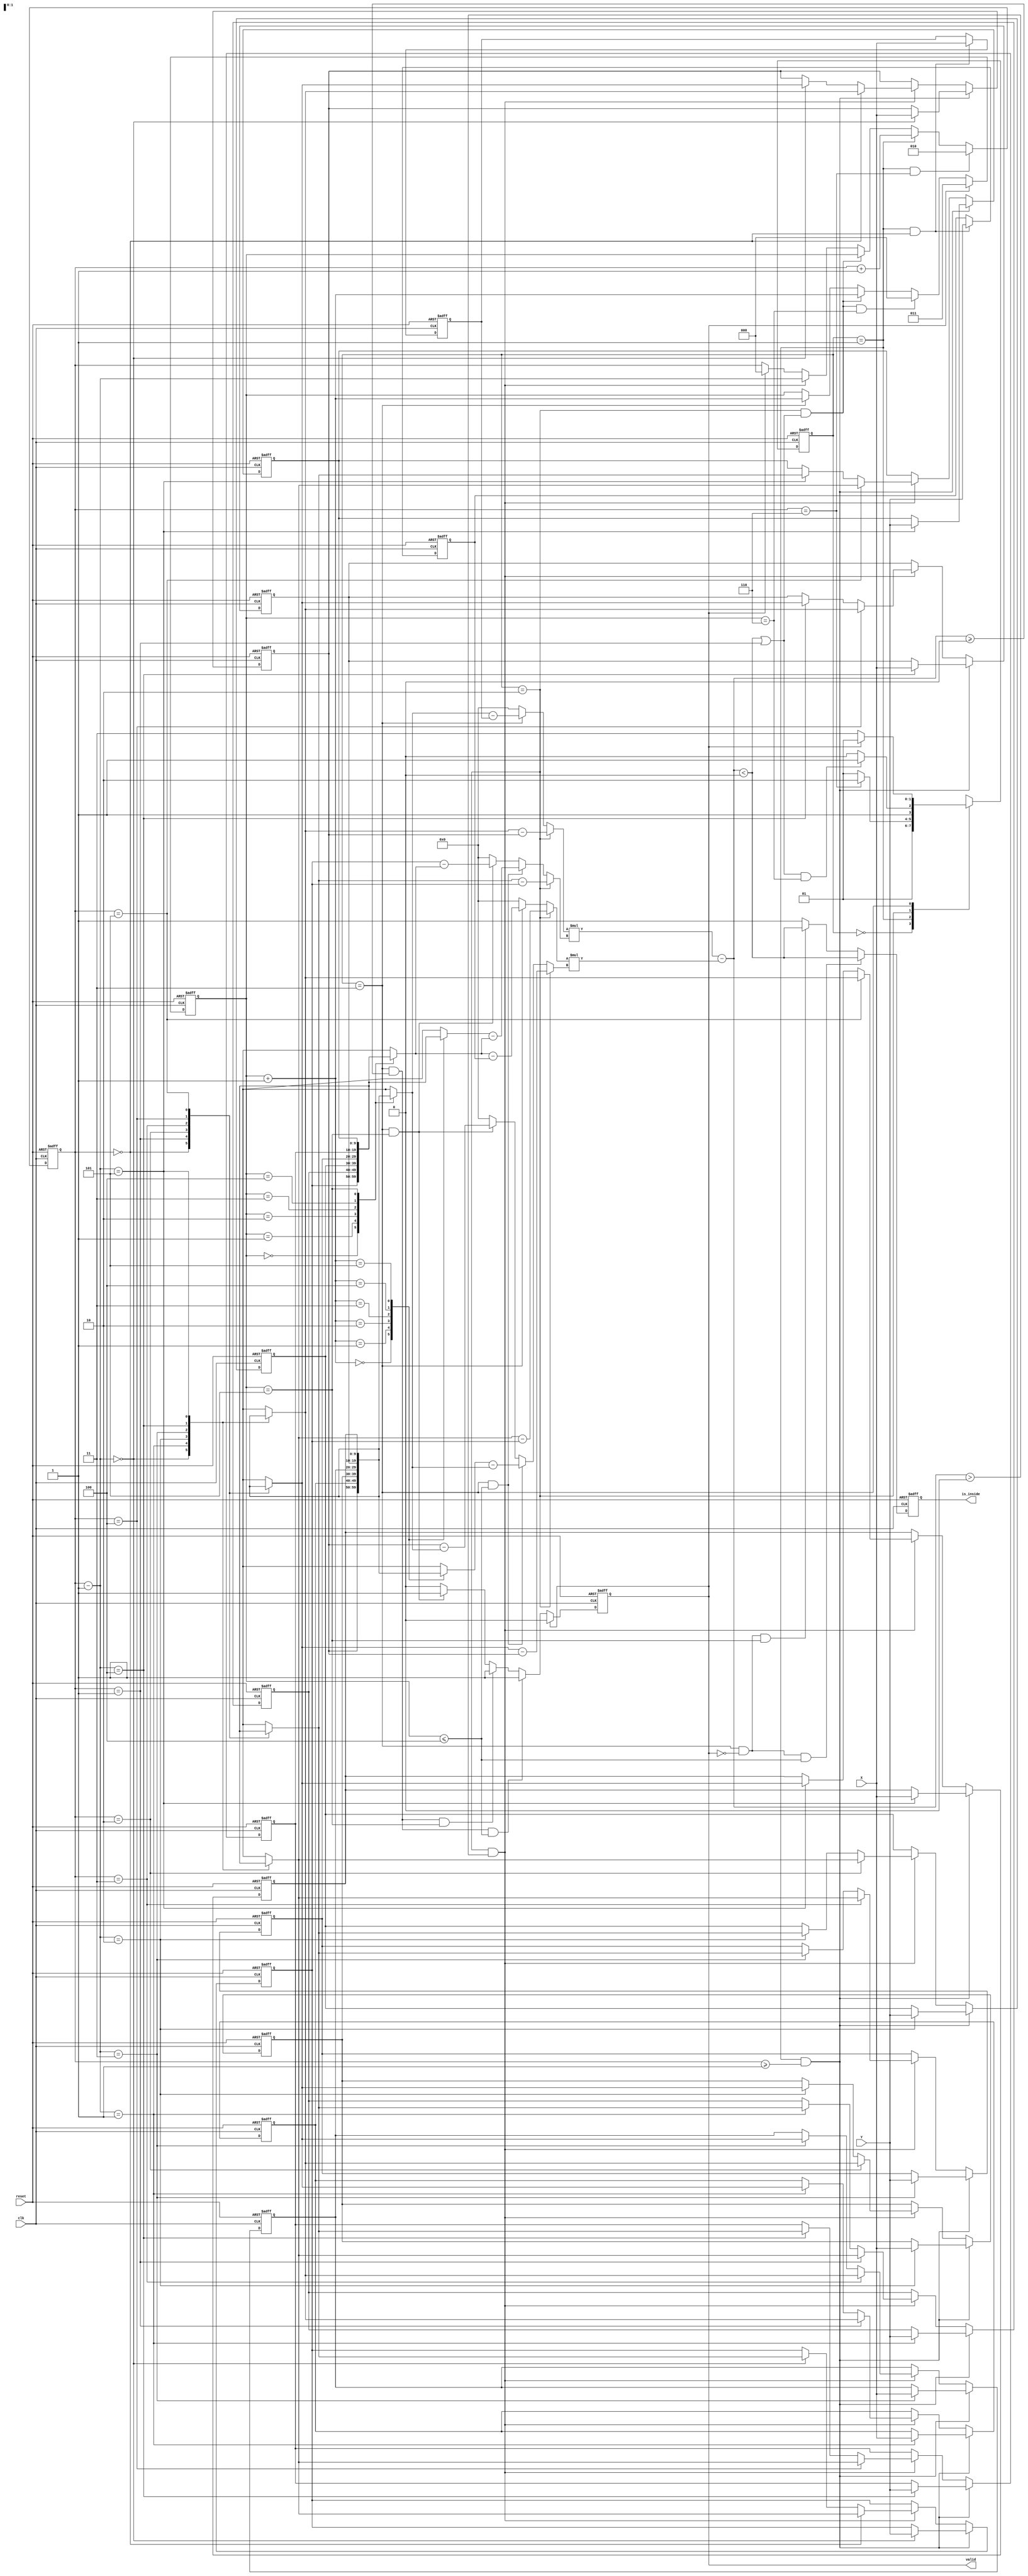
module geofence ( clk,reset,X,Y,valid,is_inside);
input clk;
input reset;
input [9:0] X;
input [9:0] Y;
output valid;
output is_inside;

parameter IDLE = 0;
parameter STORE = 1;
parameter CLOCKWISE_SORT = 2;
parameter IF_INSIDE = 3;

reg [9:0] target_x,target_y;
reg [9:0] hexagon_x [0:5];
reg [9:0] hexagon_y [0:5];

//reg [2:0] sort_counter ;
reg [2:0] counter_buffer;

reg [2:0] counter;
reg [1:0] state;
reg [1:0] next_state;

//reg if_positive;
//reg if_positive_buffer;






reg valid;
reg is_inside;

wire signed [10:0] Ax;
assign Ax=(hexagon_x[counter-1]-hexagon_x[0]);

wire signed [10:0] By;
assign By=(hexagon_y[counter]-hexagon_y[0]);

wire signed [10:0] Ay;
assign Ay=(hexagon_y[counter-1]-hexagon_y[0]);

wire signed [10:0] Bx;
assign Bx=(hexagon_x[counter]-hexagon_x[0]);

// wire signed [21:0] AxBy;
// assign AxBy=Ax*By;

// wire signed [21:0] AyBx;
// assign AyBx=Ay*Bx;

wire signed [10:0] tx ;
assign tx =(hexagon_x[counter_buffer]-target_x);

wire signed [10:0] ty;
assign ty=(hexagon_y[counter_buffer]-target_y);

wire signed [10:0] hx;
assign hx=(hexagon_x[counter_buffer + 3'b1]-hexagon_x[counter_buffer]);

wire signed [10:0] hy;
assign hy=(hexagon_y[counter_buffer + 3'b1]-hexagon_y[counter_buffer]);

// wire signed [21:0] txhy;
// assign txhy=tx*hy;

// wire signed [21:0] tyhx;
// assign tyhx=ty*hx;

//wire signed [10:0] tx5 ;
//assign tx5 =(hexagon_x[counter_buffer]-target_x);

//wire signed [10:0] ty5;
//assign ty5=(hexagon_y[counter_buffer]-target_y);

wire signed [10:0] hx5;
assign hx5=(hexagon_x[0]-hexagon_x[counter_buffer]);

wire signed [10:0] hy5;
assign hy5=(hexagon_y[0]-hexagon_y[counter_buffer]);

// wire signed [21:0] tx5hy5;
// assign tx5hy5=tx5*hy5;

// wire signed [21:0] ty5hx5;
// assign ty5hx5=ty5*hx5;

integer i;

wire signed [20:0] multiplication1;
wire signed [20:0] multiplication2;

reg signed [10:0] X1;
reg signed [10:0] Y1;

reg signed [10:0] X2;
reg signed [10:0] Y2;

assign multiplication1 = X1 * Y1;
assign multiplication2 = X2 * Y2;

// wire mul1_mul2;
// assign mul1_mul2 = (multiplication2 < multiplication1) ;

//X1 Y1
always @(*) begin
    if(state == CLOCKWISE_SORT )
        X1 = Ay;
    else if(state == IF_INSIDE)
        X1 = ty;
    //else if(state == IF_INSIDE && counter_buffer==5)
    //    X1 = ty5;
    else 
        X1 = 11'b0;
        
end

//X1 Y1
always @(*) begin
    if(state == CLOCKWISE_SORT )
        Y1 = Bx;
    else if(state == IF_INSIDE && counter_buffer<=4)
        Y1 = hx;
    else if(state == IF_INSIDE && counter_buffer==5)
        Y1 = hx5;
    else 
        Y1 = 11'b0;
        
end



//X1 Y1
always @(*) begin
    if(state == CLOCKWISE_SORT )
        X2 = Ax;
    else if(state == IF_INSIDE)
        X2 = tx;
    //else if(state == IF_INSIDE && counter_buffer==5)
    //    X2 = tx5;
    else 
        X2 = 11'b0;
        
end

//X1 Y1
always @(*) begin
    if(state == CLOCKWISE_SORT )
        Y2 = By;
    else if(state == IF_INSIDE && counter_buffer<=4)
        Y2 = hy;
    else if(state == IF_INSIDE && counter_buffer==5)
        Y2 = hy5;
    else 
        Y2 = 11'b0;
        
end



always @(*) begin
    case (state)
        IDLE:next_state=STORE;
        STORE:next_state=(counter==6)? CLOCKWISE_SORT:STORE;
        CLOCKWISE_SORT:next_state=(((multiplication2-multiplication1)<0 || counter==1) && counter_buffer==6) ? IF_INSIDE:CLOCKWISE_SORT;
        IF_INSIDE:next_state=(valid) ? STORE:IF_INSIDE; 
        default: next_state=IDLE;
    endcase
end

always @(posedge clk or posedge reset) begin
    if(reset)
        state<=STORE;
    else 
        state<=next_state;
end





always @(posedge clk or posedge reset) begin
    if(reset)
        counter<=0;
     else if(state==STORE && counter==6)
        counter<=2;
    else if(state==STORE)
        counter<=counter+1;
    else if(state==CLOCKWISE_SORT && ((multiplication2-multiplication1)<0 || counter==1) )
        counter<=counter_buffer;
    else if(state==CLOCKWISE_SORT && ((multiplication2-multiplication1)>0))
        counter<=counter-1;
   
    else if(valid)
        counter<=0;
    else
        counter<=counter;
end

always @(posedge clk or posedge reset) begin
    if(reset)
        target_x<=0;
    else if(state==STORE && counter==0)
        target_x<=X;
    else
        target_x<=target_x;
end

always @(posedge clk or posedge reset) begin
    if (reset) 
        target_y<=0;
    else if(state==STORE && counter==0)
        target_y<=Y;
    else
        target_y<=target_y;
end

always @(posedge clk or posedge reset) begin
    if(reset)
        for (i = 0;i<6 ; i=i+1) begin
            hexagon_x[i]<=0;
        end
    else if(state==STORE && counter>=1)//counter>=1
        hexagon_x[counter-1]<=X;
    else if(state==CLOCKWISE_SORT && (multiplication2-multiplication1)>0)begin
        hexagon_x[counter-1]<=hexagon_x[counter];
        hexagon_x[counter]<=hexagon_x[counter-1];
    end
    else
        for (i = 0;i<6 ; i=i+1) begin
            hexagon_x[i]<=hexagon_x[i];
        end
end

always @(posedge clk or posedge reset) begin
    if(reset)
        for (i = 0;i<6 ; i=i+1) begin
            hexagon_y[i]<=0;
        end
    else if(state==STORE && counter>=1)//counter>=1
        hexagon_y[counter-1]<=Y;
    else if(state==CLOCKWISE_SORT && (multiplication2-multiplication1)>0)begin
        hexagon_y[counter-1]<=hexagon_y[counter];
        hexagon_y[counter]<=hexagon_y[counter-1];
    end
    else
        for (i = 0;i<6 ; i=i+1) begin
            hexagon_y[i]<=hexagon_y[i];
        end
end


always @(posedge clk or posedge reset) begin
    if(reset)
        counter_buffer<=3;
     else if(valid)
        counter_buffer<=3;
    else if(state==CLOCKWISE_SORT && ((multiplication2-multiplication1)<0 || counter==1) && counter_buffer==6)
        counter_buffer<=0;
    else if(state==CLOCKWISE_SORT && ((multiplication2-multiplication1)<0 || counter==1))
        counter_buffer<=counter_buffer+1;
    else if(state==IF_INSIDE)
        counter_buffer<=counter_buffer+1;
    else 
        counter_buffer<=counter_buffer;
end


/*always @(posedge clk or posedge reset) begin
    if(reset)
        if_positive <= 1'b0;
    else if(valid)
        if_positive<=0;
    else if(state==IF_INSIDE && counter_buffer!=5 )//counter>=1
        if_positive <= (txhy-tyhx)> 0 ;
    else
        if_positive <= if_positive;
end*/

/*// if_positive_buffer
always @(posedge clk or posedge reset) begin
    if(reset)
        if_positive_buffer <= 1'b0;
    else if(valid)
        if_positive_buffer<=0;
    else if(state == IF_INSIDE)
        if_positive_buffer <= if_positive;
    else 
        if_positive_buffer <= if_positive_buffer;
end*/



//is_inside
always @(posedge clk or posedge reset) begin
    if(reset)
        is_inside <= 1'b0;
    else if(state == IF_INSIDE && !valid && counter_buffer<=4)
        is_inside <= ((multiplication2-multiplication1)<0);
    else if(state == IF_INSIDE && !valid && counter_buffer==5)
        is_inside <= ((multiplication2-multiplication1)<0);
    else 
        is_inside <= 1'b1;
        
end

//valid
always @(posedge clk or posedge reset) begin
    if(reset)
        valid <= 1'b0;
    else if(valid)
        valid<=1'b0;
    else if(state == IF_INSIDE && ((multiplication2-multiplication1)>=0) && counter_buffer<=4)
        valid <= 1'b1;
    else if(state == IF_INSIDE && ((multiplication2-multiplication1)>=0) && counter_buffer==5)
        valid <= 1'b1;
    else if(state == IF_INSIDE && (counter_buffer == 3'd5))
        valid <= 1'b1;
    else 
        valid <= 1'b0;
        
end

endmodule